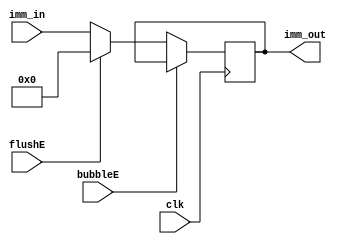
`timescale 1ns / 1ps
//////////////////////////////////////////////////////////////////////////////////
// Company: USTC
// 
// Design Name: Imm_EX
// 
//////////////////////////////////////////////////////////////////////////////////

// : ID/EX.Imm 



module Imm_EX(
    input wire clk, bubbleE, flushE,
    input wire [31:0] imm_in,
    output reg [31:0] imm_out
    );

    initial imm_out = 0;
    
    always@(posedge clk)
        if (!bubbleE) 
        begin
            if (flushE)
                imm_out <= 0;
            else 
                imm_out <= imm_in;
        end
    
endmodule